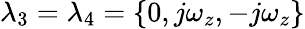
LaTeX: \lambda_{3}=\lambda_{4}=\left\{ 0,j\omega_{z},-j\omega_{z}\right\}